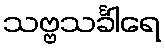
သဗ္ဗသင်္ခါရေ